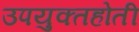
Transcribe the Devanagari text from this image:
उपयुक्तहोती